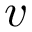
v